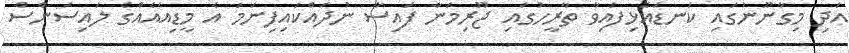
އަދި މިގާނޫނުގައި ކަނޑައެޅިފައިވާ ތާރީހުގައި ޖޫރިމަނާ ފައިސާ ނުދައްކައިފިނަމަ އެ މީޑިއާއެއްގެ ލައިސަންސް